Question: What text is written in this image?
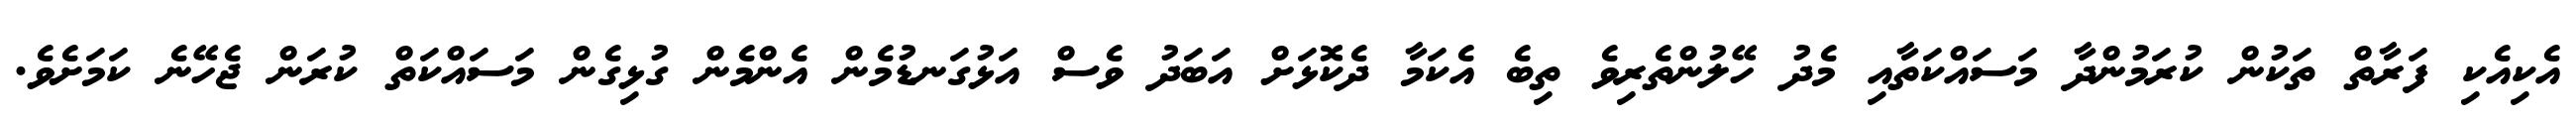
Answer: އެކިއެކި ފަރާތް ތަކުން ކުރަމުންދާ މަސައްކަތާއި މެދު ހޭލުންތެރިވެ ތިބެ އެކަމާ ދެކޮޅަށް އަބަދު ވެސް އަޅުގަނޑުމެން އެންމެން ގުޅިގެން މަސައްކަތް ކުރަން ޖެހޭނެ ކަމަށެވެ.